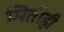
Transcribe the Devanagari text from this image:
मितीही